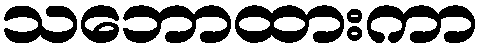
သဘောထားကာ